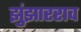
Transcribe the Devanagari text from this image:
झुंझारराव